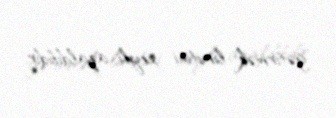
gətirmək limitini xeyli azaldıbdır.